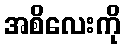
အစိလေးကို